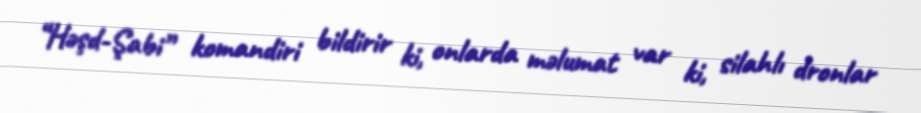
“Həşd-Şabi” komandiri bildirir ki, onlarda məlumat var ki, silahlı dronlar